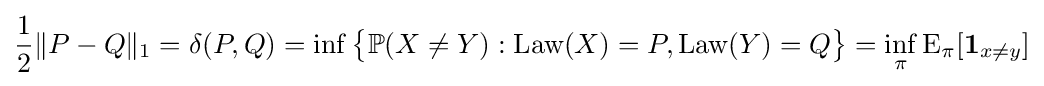
{\frac {1}{2}}\|P-Q\|_{1}=\delta (P,Q)=\inf {\big \{}\mathbb {P} (X\neq Y):{\text{Law}}(X)=P,{\text{Law}}(Y)=Q{\big \}}=\inf _{\pi }\operatorname {E} _{\pi }[{\mathbf {1} }_{x\neq y}]